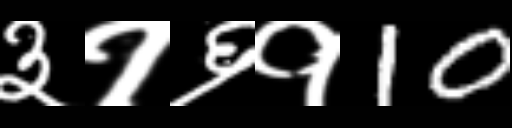
Text: ३१६१10